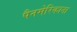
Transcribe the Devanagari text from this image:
पैनमेरिकाना